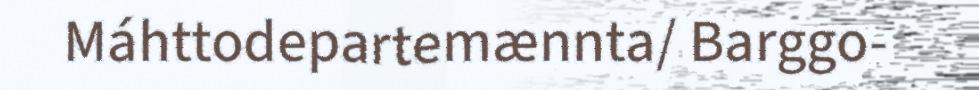
Máhttodepartemænnta/ Barggo-